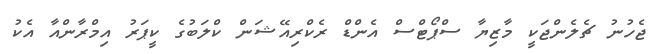
ޖެހުނު ޗެލެންޖަކީ މާޒިޔާ ސްޕޯޓްސް އެންޑް ރެކްރިއޭޝަން ކްލަބުގެ ކީޕަރު އިމްރާންއާ އެކު